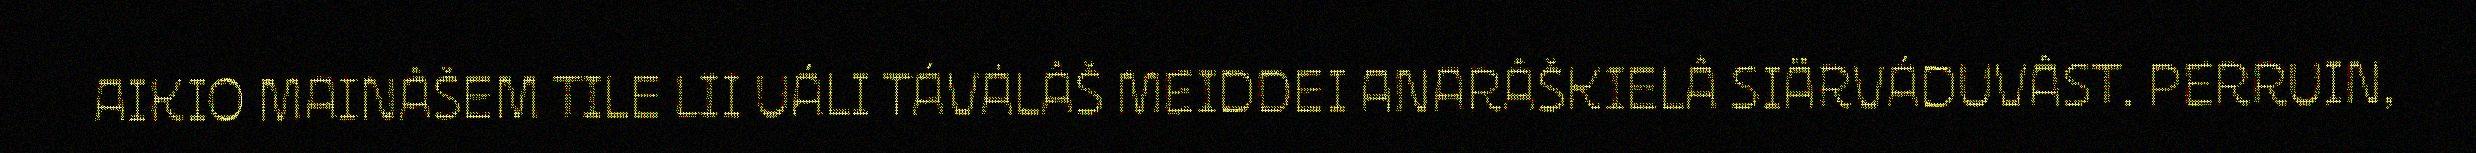
AIKIO MAINÂŠEM TILE LII UÁLI TÁVÁLÂŠ MEIDDEI ANARÂŠKIELÂ SIÄRVÁDUVÂST. PERRUIN,